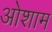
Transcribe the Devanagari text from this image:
ओशाम